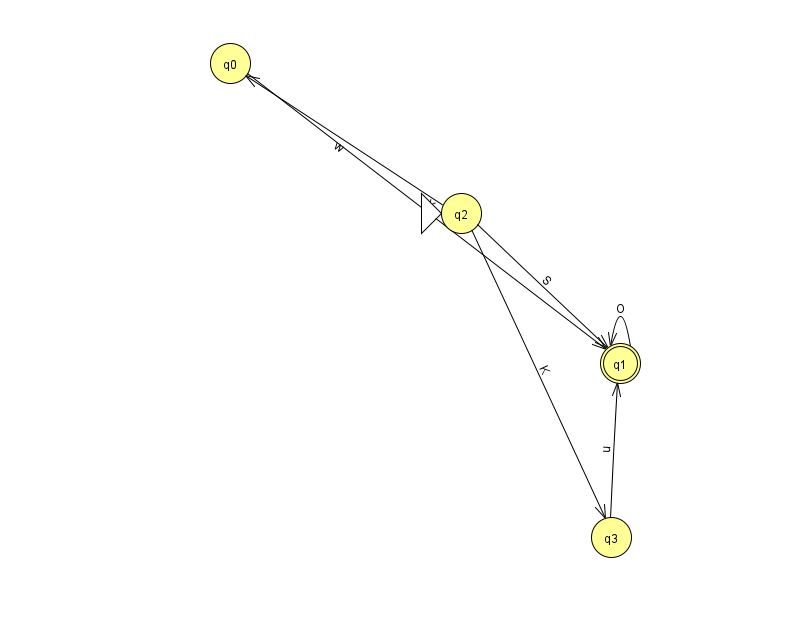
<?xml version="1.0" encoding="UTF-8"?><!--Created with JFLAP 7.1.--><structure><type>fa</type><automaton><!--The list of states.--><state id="0" name="q0"><x>230.0</x><y>50.0</y></state><state id="1" name="q1"><x>620.0</x><y>350.0</y><final/></state><state id="2" name="q2"><x>461.0</x><y>200.0</y><initial/></state><state id="3" name="q3"><x>611.0</x><y>524.0</y></state><!--The list of transitions.--><transition><from>0</from><to>1</to><read>Y</read></transition><transition><from>2</from><to>0</to><read>w</read></transition><transition><from>2</from><to>3</to><read>K</read></transition><transition><from>3</from><to>1</to><read>u</read></transition><transition><from>2</from><to>1</to><read>S</read></transition><transition><from>1</from><to>1</to><read>O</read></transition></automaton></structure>